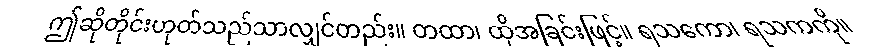
ဤဆိုတိုင်းဟုတ်သည်သာလျှင်တည်း။ တထာ၊ ထိုအခြင်းဖြင့်။ ရသကော၊ ရသကကို။